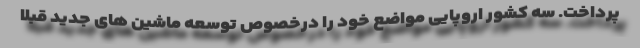
پرداخت. سه کشور اروپایی مواضع خود را درخصوص توسعه ماشین های جدید قبلا